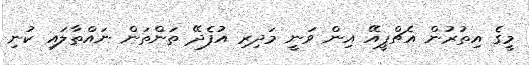
މީގެ އިތުރުން އެޗްޕީއޭ އިން ވަނީ މަދިރި އުފެދޭ ތަންތަން ނައްތާލައި ކުނި